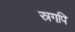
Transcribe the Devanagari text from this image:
स्रगपि